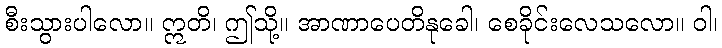
စီးသွားပါလော။ ဣတိ၊ ဤသို့။ အာဏာပေတိနုခေါ၊ စေခိုင်းလေသလော။ ဝါ၊